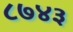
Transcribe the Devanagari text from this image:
८७४३